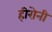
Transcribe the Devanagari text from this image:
हीरोनी